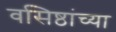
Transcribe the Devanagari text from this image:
वसिष्ठांच्या